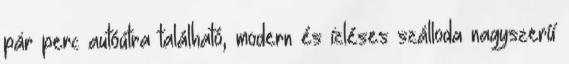
pár perc autóútra található, modern és ízléses szálloda nagyszerű